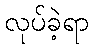
လုပ်ခဲ့ရာ